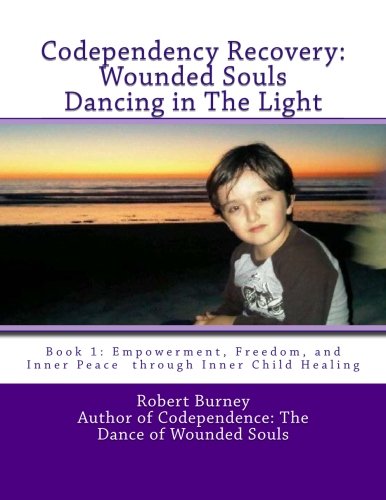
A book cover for Codependency Recovery:  Wounded Souls Dancing in The Light: Book 1: Empowerment, Freedom, and Inner Peace  through Inner Child Healing; Robert Burney; Self-Help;